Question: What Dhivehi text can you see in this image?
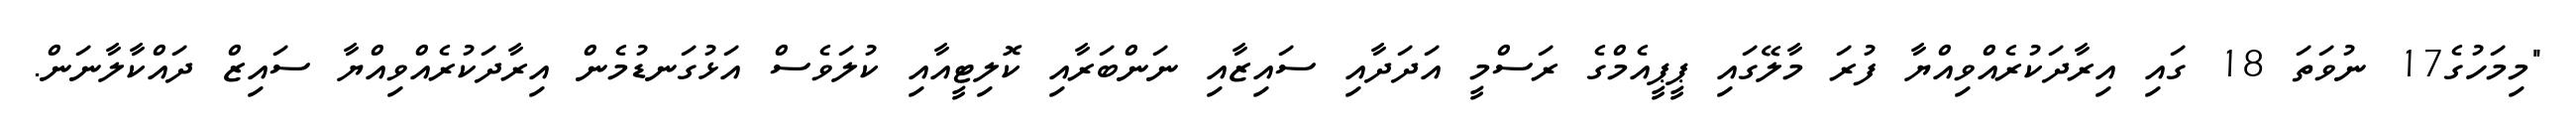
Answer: "މިމަހުގެ17 ނުވަތަ 18 ގައި އިރާދަކުރެއްވިއްޔާ ފުރަ މާލޭގައި ޕީޕީއެމްގެ ރަސްމީ އަދަދާއި ސައިޒާއި ނަންބަރާއި ކޮލިޓީއާއި ކުލަވެސް އަޅުގަނޑުމެން އިރާދަކުރެއްވިއްޔާ ސައިޒް ދައްކާލާނަން.